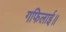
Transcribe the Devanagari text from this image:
गफिलाई॥